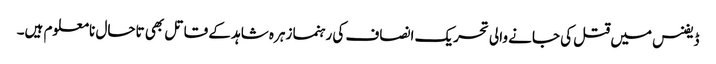
ڈیفنس میں قتل کی جانے والی تحریک انصاف کی رہنما زہرہ شاہد کے قاتل بھی تاحال نامعلوم ہیں۔